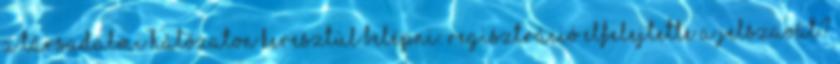
A társadalmi hálózaton keresztül belépni: Regisztráció Elfelejtette a jelszavát?